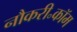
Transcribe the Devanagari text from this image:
नौकरी॰कॉम